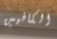
الكافيين